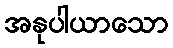
အနုပါယာသော